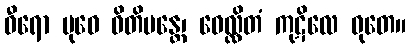
ဓီရော ဗုဓေ ဓိတိမန္တေ၊ ဝေလ္လိတံ ကုဋိလေ ဓုတေ။